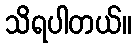
သိရပါတယ်။